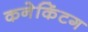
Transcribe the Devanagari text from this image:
कनेकिंटग